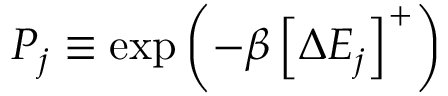
P _ { j } \equiv \exp \left( - \beta \left[ \Delta E _ { j } \right] ^ { + } \right)